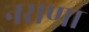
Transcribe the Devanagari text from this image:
नराणा